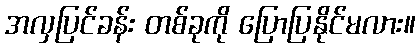
အလှပြင်ခန်း တစ်ခုကို ပြောပြနိုင်မလား။